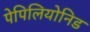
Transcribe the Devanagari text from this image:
पेपिलियोनिड